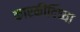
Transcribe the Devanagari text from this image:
कारकीर्दिच्या